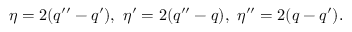
\eta = 2 ( q ^ { \prime \prime } - q ^ { \prime } ) , \ \eta ^ { \prime } = 2 ( q ^ { \prime \prime } - q ) , \ \eta ^ { \prime \prime } = 2 ( q - q ^ { \prime } ) .